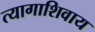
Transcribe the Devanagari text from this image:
त्यागाशिवाय